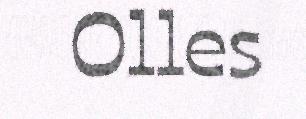
Olles